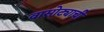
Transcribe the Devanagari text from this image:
वासोट्याची